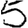
Digit: 5